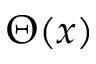
\Theta ( x )